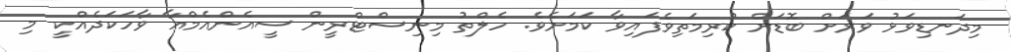
މިދަނޑިވަޅު ވަރަށް ބޮޑަށް ކުރިމަތިވެފައިވާ ކަމަށެވެ. ހެލްތު މިނިސްޓްރީން ސީއެންއެމްއާ ވާހަކަދެއްކީ މި